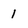
Character: 1